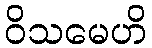
ဝိသမေဟိ